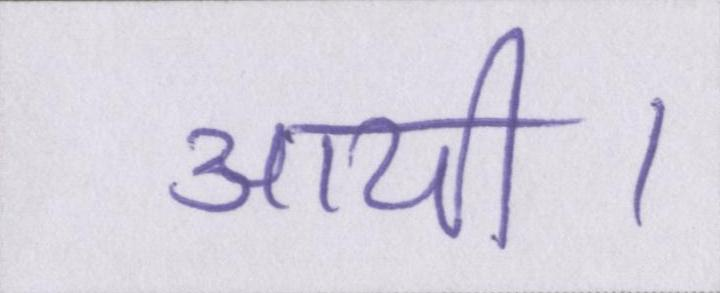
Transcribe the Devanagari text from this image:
आयी।